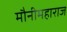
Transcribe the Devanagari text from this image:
मौनीमहाराज